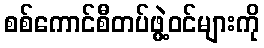
စစ်ကောင်စီတပ်ဖွဲ့ဝင်များကို